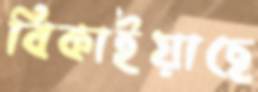
বিকাইয়াছে